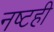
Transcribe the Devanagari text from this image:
नष्टही